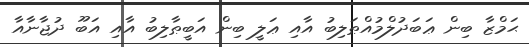
ޙަމްޒާ ބިން ޢަބަދުލްމުއްޠަލިބު އާއި ޢަލީ ބިން އަބީޠާލިބު އާއި އަބޫ ދުޖާނާއާ